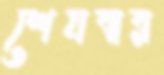
শেষবার